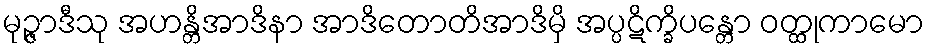
မုဉ္ဇာဒီသု အဟန္တိအာဒိနာ အာဒိတောတိအာဒိမှိ အပ္ပဋိက္ခိပန္တော ဝတ္ထုကာမော